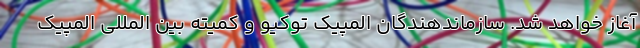
آغاز خواهد شد. سازماندهندگان المپیک توکیو و کمیته بین المللی المپیک